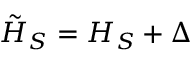
{ \tilde { H } } _ { S } = H _ { S } + \Delta